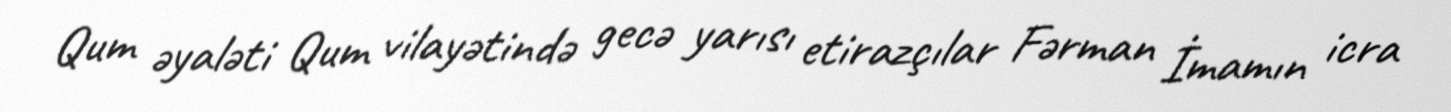
Qum əyaləti Qum vilayətində gecə yarısı etirazçılar Fərman İmamın icra